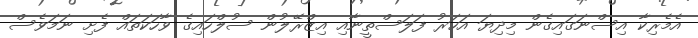
އެމެރިކާ އިސްނަގައިގެން މިދިޔަ އަހަރު ފަލަސްތީނާއި އިޒްރޭލުން ސުލްހައިގެ ވާހަކަތައް ފެށި ނަމަވެސް